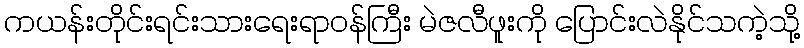
ကယန်းတိုင်းရင်းသားရေးရာဝန်ကြီး မဲဇလီဖူးကို ပြောင်းလဲနိုင်သကဲ့သို့